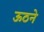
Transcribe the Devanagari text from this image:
ऊठने